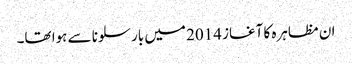
ان مظاہرہ کا آغاز 2014 میں بارسلونا سے ہوا تھا۔